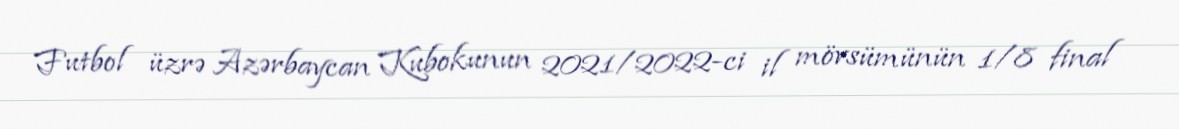
Futbol üzrə Azərbaycan Kubokunun 2021/2022-ci il mövsümünün 1/8 final